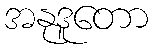
အနုဒူတော